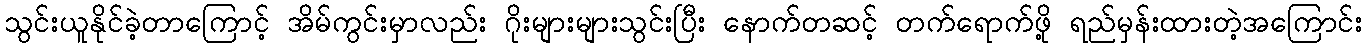
သွင်းယူနိုင်ခဲ့တာကြောင့် အိမ်ကွင်းမှာလည်း ဂိုးများများသွင်းပြီး နောက်တဆင့် တက်ရောက်ဖို့ ရည်မှန်းထားတဲ့အကြောင်း